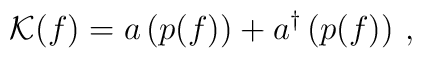
{\cal K}(f)=a\left(p(f)\right)+a^{\dagger}\left(p(f)\right)\,,